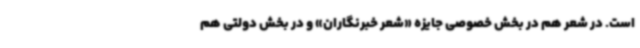
است. در شعر هم در بخش خصوصی جایزه «شعر خبرنگاران» و در بخش دولتی هم